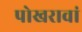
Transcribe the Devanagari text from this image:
पोखरावां